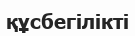
құсбегілікті